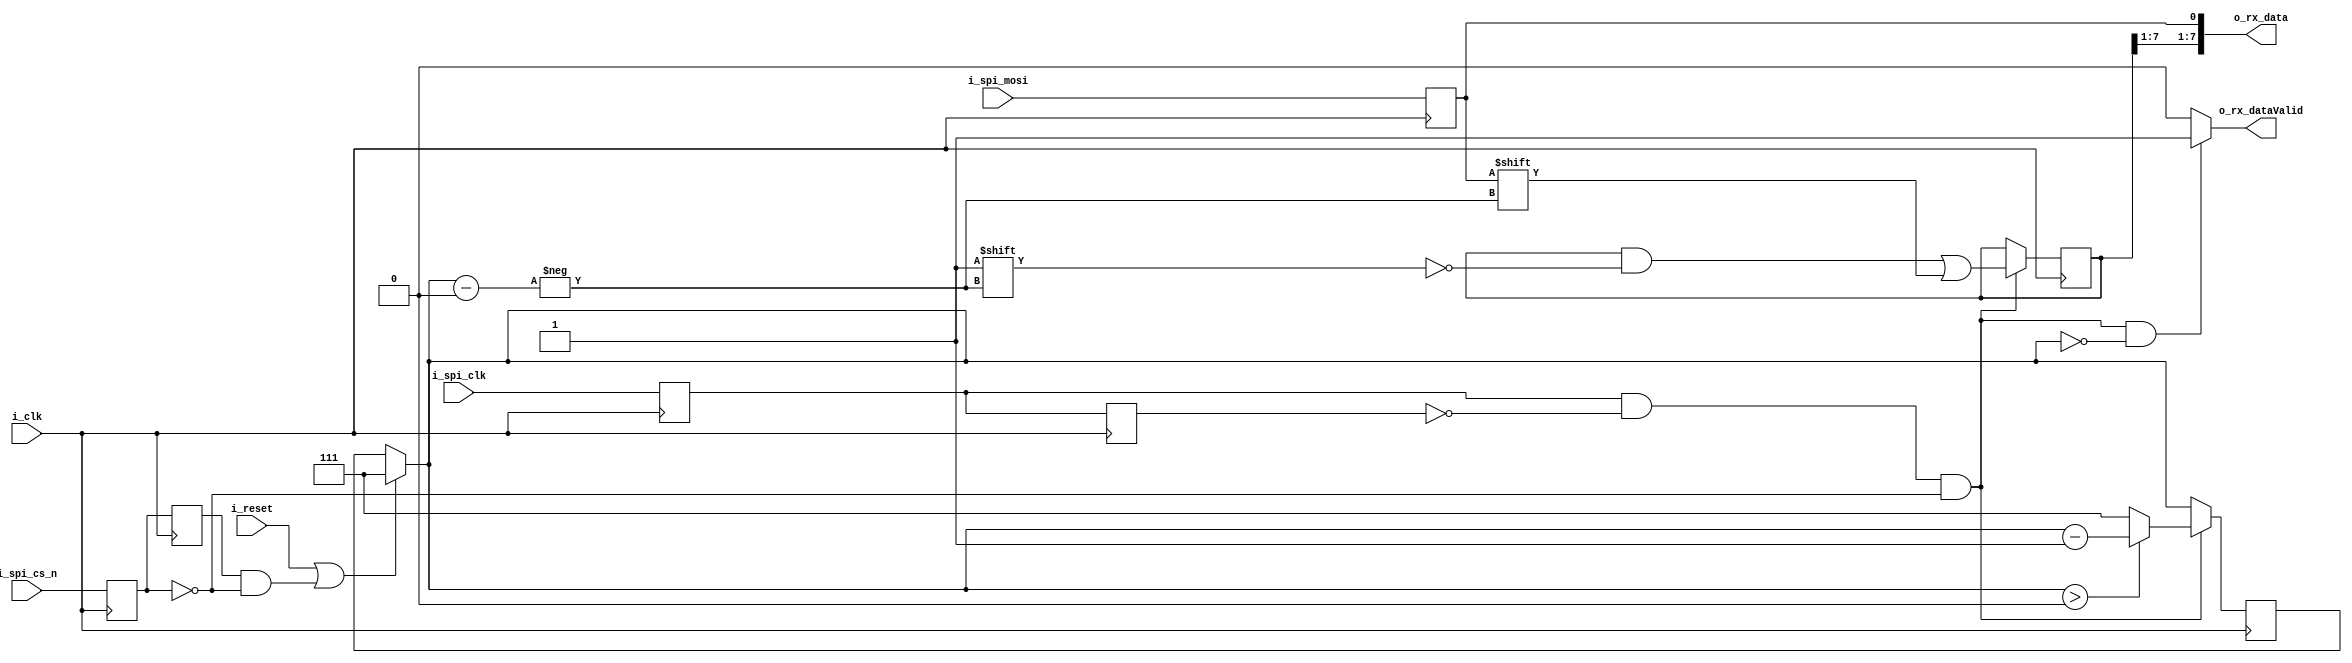
`default_nettype none
`timescale 1ns/1ns
module spi_s (
	input			i_clk,
	input			i_reset,

	input 			i_spi_mosi,
	input 			i_spi_cs_n,
	input			i_spi_clk,

	output	[7:0] 	o_rx_data,
	output 			o_rx_dataValid
);

	// Registers
	reg				r_spi_mosi;
	reg 			r_spi_cs_n;
	reg 			r_spi_clk;
	reg 			r_prev_spi_clk;
	reg 			r_prev_spi_nss;
	reg 	[7:0] 	r_rx_data;
	reg 	[2:0]	r_rx_indx;

	// Wires
	wire 			w_rising_spi_clk;
	wire 			w_valid_spi_bit;
	wire 			w_spi_packet_start;
	wire    [7:0]	w_rx_data;
	wire 	[2:0]	w_rx_indx;
	wire 			w_rx_dataValid;


	always @(posedge i_clk) begin
		// Buffered input data
		r_spi_mosi	<= i_spi_mosi;
		r_spi_cs_n 	<= i_spi_cs_n;
		r_spi_clk 	<= i_spi_clk;
		// Previous state history
		r_prev_spi_clk <= r_spi_clk;
		r_prev_spi_nss <= r_spi_cs_n;
	end
	assign w_rising_spi_clk = r_spi_clk & ~r_prev_spi_clk;   // Pulse on rising spi clk edge
	assign w_valid_spi_bit	= w_rising_spi_clk & ~r_spi_cs_n; // Valid spi bit when nss is low
	assign w_spi_packet_start = r_prev_spi_nss & ~r_spi_cs_n; // Packet start on falling nss edge

	// Capture incoming SPI Data
	always @(posedge i_clk) begin
		if (w_valid_spi_bit) begin
			r_rx_data[w_rx_indx] <= r_spi_mosi;
			r_rx_indx <= (w_rx_indx > 0 ? w_rx_indx - 1 : 7);
		end else begin
			r_rx_indx <= w_rx_indx;
		end
	end
	assign w_rx_indx = (i_reset || w_spi_packet_start ? 7 : r_rx_indx);
	assign w_rx_data = {r_rx_data[7:1], r_spi_mosi};
	assign w_rx_dataValid = (w_valid_spi_bit && w_rx_indx == 0 ? 1 : 0);

	// Push wires to output ports
	assign o_rx_data = w_rx_data;
	assign o_rx_dataValid = w_rx_dataValid;
	
endmodule